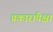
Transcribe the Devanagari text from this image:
प्रकारांपेक्षा